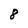
Character: 8